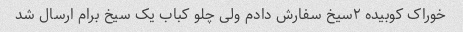
خوراک کوبیده ۲سیخ سفارش دادم ولی چلو کباب یک سیخ برام ارسال شد